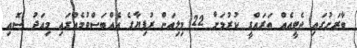
ބާރަށުގައި ޖެޓީއެއް ތަރައްގީ ކުރުމަށް 22 މިލިއަން ރުފިޔާގެ އެއްބަސްވުމެއްގައި މިއަދު ސޮއި